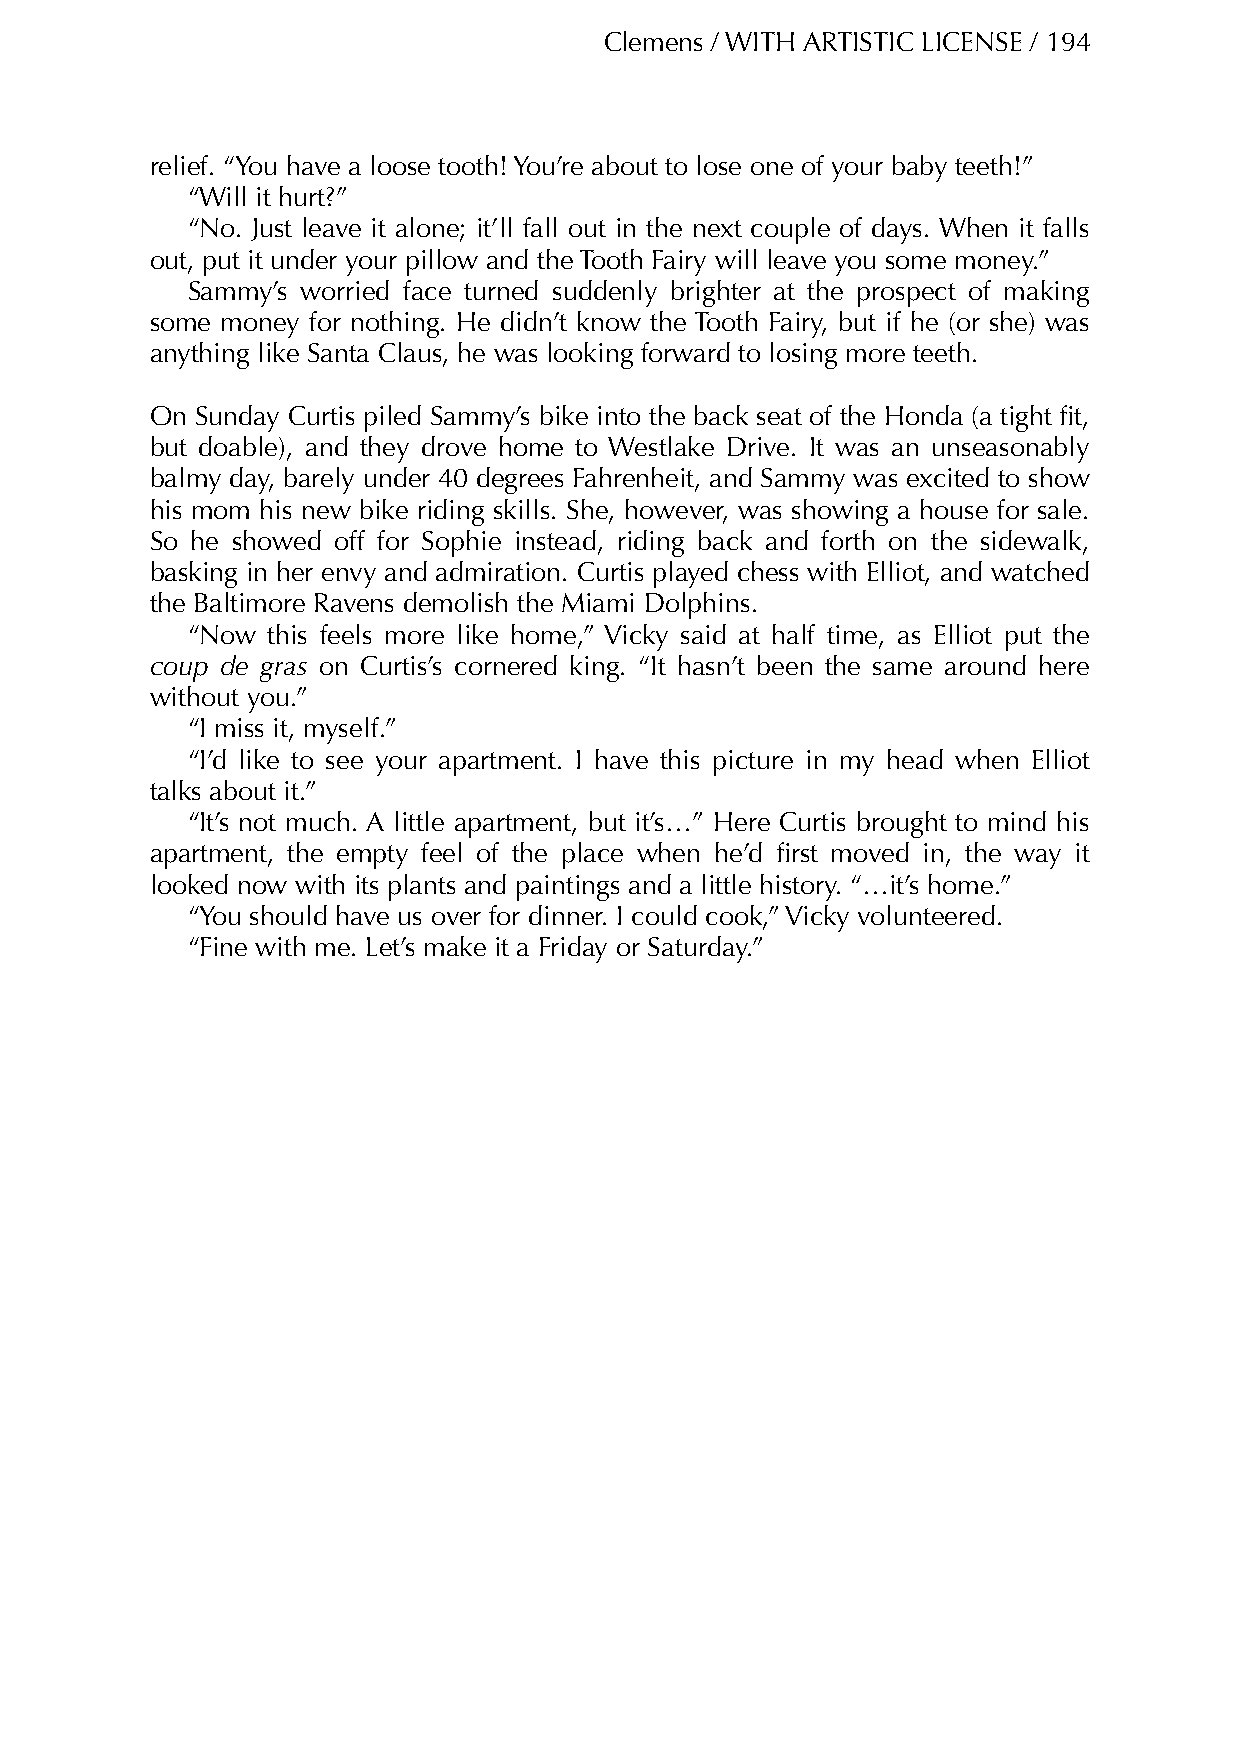
Clemens / WITH ARTISTIC LICENSE / 194
 relief. “You have a loose tooth! You’re about to lose one of your baby teeth!”
 “Will it hurt?”
 “No. Just leave it alone; it’ll fall out in the next couple of days. When it falls
 out, put it under your pillow and the Tooth Fairy will leave you some money.”
 Sammy’s worried face turned suddenly brighter at the prospect of making
 some money for nothing. He didn’t know the Tooth Fairy, but if he (or she) was
 anything like Santa Claus, he was looking forward to losing more teeth.
 On Sunday Curtis piled Sammy’s bike into the back seat of the Honda (a tight fit,
 but doable), and they drove home to Westlake Drive. It was an unseasonably
 balmy day, barely under 40 degrees Fahrenheit, and Sammy was excited to show
 his mom his new bike riding skills. She, however, was showing a house for sale.
 So he showed off for Sophie instead, riding back and forth on the sidewalk,
 basking in her envy and admiration. Curtis played chess with Elliot, and watched
 the Baltimore Ravens demolish the Miami Dolphins.
 “Now  this feels more like home,” Vicky said at half time, as Elliot put the
 coup de gras on Curtis’s cornered king. “It hasn’t been the same around here
 without you.”
 “I miss it, myself.”
 “I’d like to see your apartment. I have this picture in my head when Elliot
 talks about it.”
 “It’s not much. A little apartment, but it’s…” Here Curtis brought to mind his
 apartment, the empty feel of the place when he’d first moved in, the way it
 looked now with its plants and paintings and a little history. “…it’s home.”
 “You should have us over for dinner. I could cook,” Vicky volunteered.
 “Fine with me. Let’s make it a Friday or Saturday.”